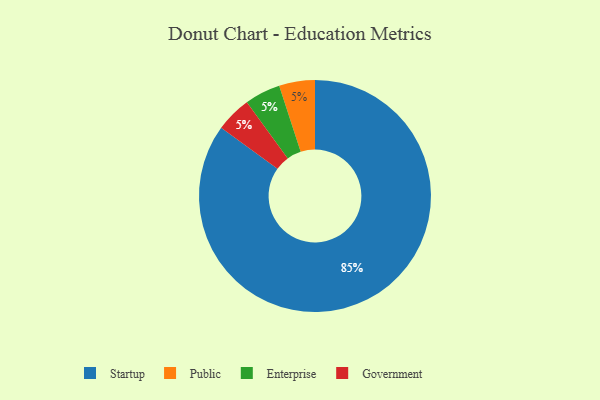
{"axis": {"x": "Category", "y": "Percentage"}, "legend": ["Enterprise", "Government", "Public", "Startup"], "data": [{"x": "Public", "y": 5, "type": "Public"}, {"x": "Enterprise", "y": 5, "type": "Enterprise"}, {"x": "Government", "y": 5, "type": "Government"}, {"x": "Startup", "y": 85, "type": "Startup"}]}